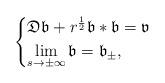
LaTeX: \begin{align*} \begin{cases} \mathfrak{D}\mathfrak{b}+r^{\frac{1}{2}} \mathfrak{b}*\mathfrak{b}=\mathfrak{v}\\ \lim\limits_{s \to \pm \infty} \mathfrak{b}=\mathfrak{b}_{\pm},\\ \end{cases}\end{align*}